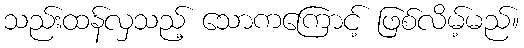
သည်းထန်လှသည့် သောကကြောင့် ဖြစ်လိမ့်မည်။